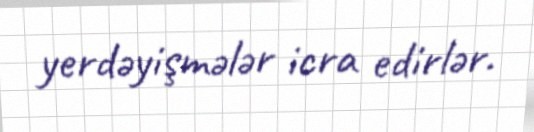
yerdəyişmələr icra edirlər.